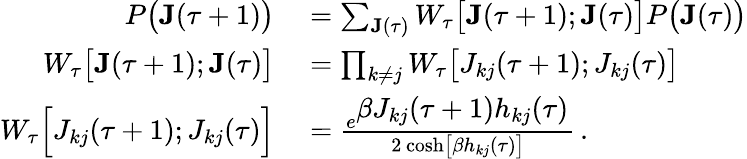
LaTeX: \begin{array}{rl}{P\big(\mathbf{J}(\tau+1)\big)}&{{}=\sum_{\mathbf{J}(\tau)}W_{\tau}\big[\mathbf{J}(\tau+1);\mathbf{J}(\tau)\big]P\big(\mathbf{J}(\tau)\big)}\\ {W_{\tau}\big[\mathbf{J}(\tau+1);\mathbf{J}(\tau)\big]}&{{}=\prod_{k\neq j}W_{\tau}\big[J_{kj}(\tau+1);J_{kj}(\tau)\big]}\\ {W_{\tau}\Big[J_{kj}(\tau+1);J_{kj}(\tau)\Big]}&{{}=\frac{e^{\displaystyle\beta J_{kj}(\tau+1)h_{kj}(\tau)}}{2\, \mathrm{cosh}\big[\beta h_{kj}(\tau)\big]}\, .}\end{array}